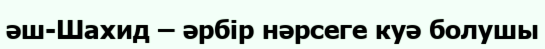
әш-Шахид – әрбір нәрсеге куә болушы